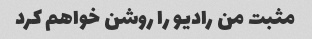
مثبت من رادیو را روشن خواهم کرد